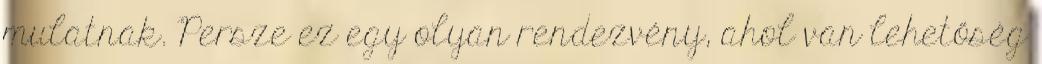
mulatnak. Persze ez egy olyan rendezvény, ahol van lehetőség